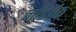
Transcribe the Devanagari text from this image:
नॉर्डॉफ़